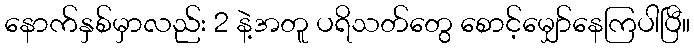
နောက်နှစ်မှာလည်း 2 နဲ့အတူ ပရိသတ်တွေ စောင့်မျှော်နေကြပါပြီ။